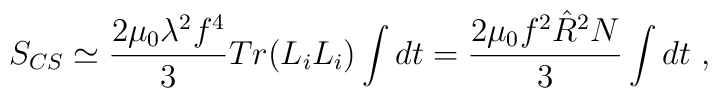
S_{CS}\simeq \frac{2\mu_0 \lambda^2 f^4}{3} Tr(L_iL_i)\int dt=\frac{2\mu_0 f^2 \hat{R}^2 N}{3}\int dt\ ,